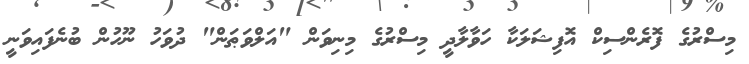
މިސްރުގެ ފޮރެންސިކް އޮފިޝަލަކާ ހަވާލާދީ މިސްރުގެ މިނިވަން "އަލްވަޠަން" ދުވަހު ނޫހުން ބުނެފައިވަނީ